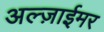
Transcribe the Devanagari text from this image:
अल्ज़ाईमर